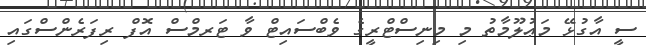
ސީ އާގުޅޭ މަޢުލޫމާތު މި މިނިސްޓްރީގެ ވެބްސައިޓް ވާ ޓަރމްސް އޮފް ރިފަރެންސްގައި